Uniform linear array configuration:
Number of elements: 12
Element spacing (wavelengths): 1
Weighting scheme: uniform
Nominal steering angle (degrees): -45
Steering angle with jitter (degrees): -43.478
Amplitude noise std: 0.05
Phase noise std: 0.05

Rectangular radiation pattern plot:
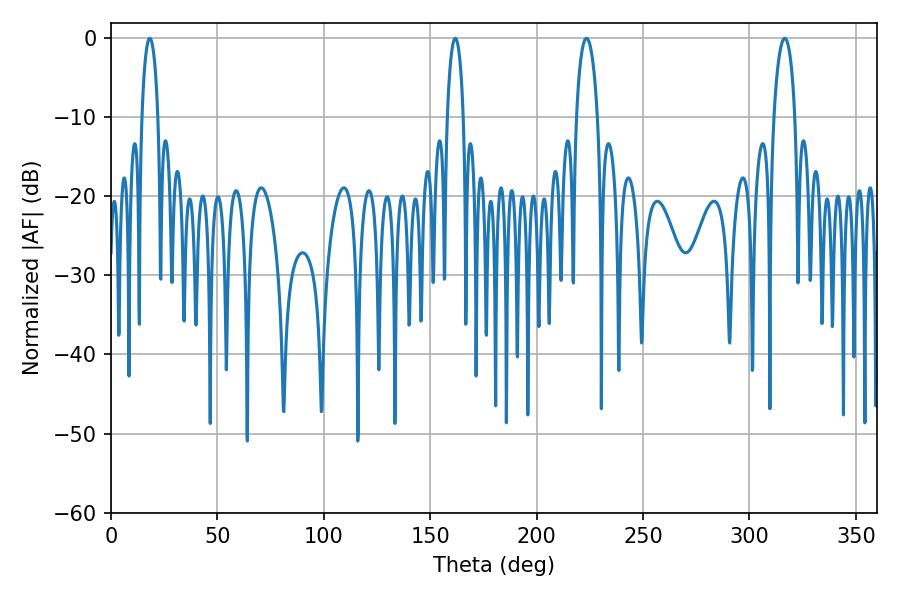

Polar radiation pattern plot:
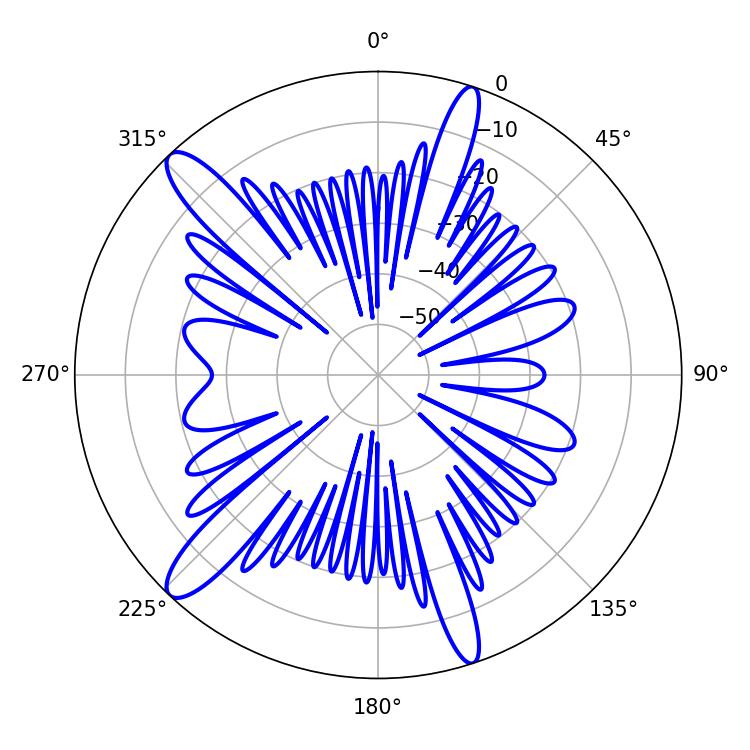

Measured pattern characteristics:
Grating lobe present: TRUE
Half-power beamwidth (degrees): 5.58
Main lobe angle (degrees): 223.38